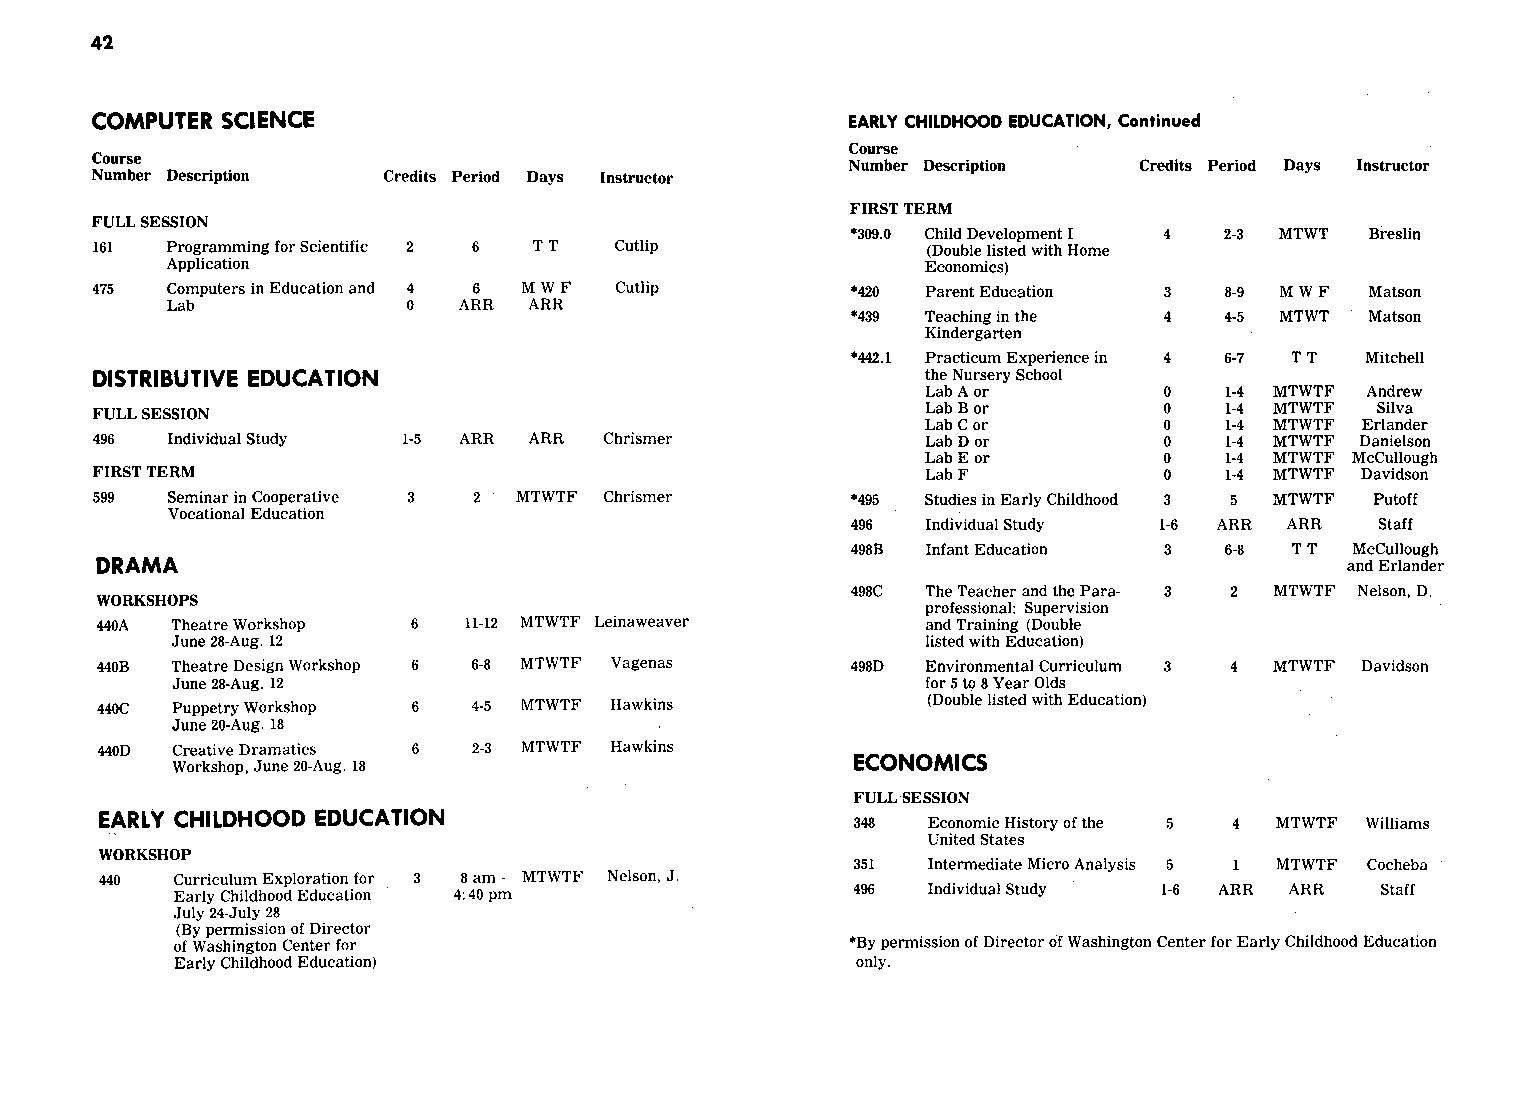
42
 COMPUTER SCIENCE                                  EARLY CHILDHOOD EDUCATION, Continued
 Course
 Course
 Number Description Credits Period Days Instructor
 Number Description Credits Period Days Instructor
 FIRST TERM
 FULL SESSION
 *309.0 Child Development I 4 2-3 MTWT Breslin
 161  Programming for Scientific 2 6 TT Cutlip          (Double listed with Home
 Application                                       Economics)
 475  Computers in Education and 4 6 MWF Cutlip    *420 Parent Education 3  8-9 MWF   Matson
 Lab             0  ARR  ARR
 *439 Teaching in the 4   4-5 MTWT  Matson
 Kindergarten
 *442.1 Practicum Experience in 4 6-7 TT Mitchell
 DISTRIBUTIVE EDUCATION                                 the Nursery School
 Lab A or        0   1-4 MTWTF Andrew
 FULL SESSION                                           Lab B or        0   1-4 MTWTF Silva
 Lab C or        0   1-4 MTWTF Erlander
 496  Individual Study 1-5 ARR ARR Chrismer             Lab Dor         0   1-4 MTWTF Danielson
 Lab E or        0   1-4 MTWTF McCullough
 FIRST TERM                                             Lab F           0   1-4 MTWTF Davidson
 599  Seminar in Cooperative 3 2 MTWTF Chrismer    *495 Studies in Early Childhood 3 5 MTWTF Putoff
 Vocational Education
 496  Individual Study 1-6 ARR ARR  Staff
 498B Infant Education 3  6-8 TT   McCullough
 DRAMA                                                                              and Erlander
 498C The Teacher and the Para- 3 2 MTWTF Nelson, D.
 WORKSHOPS
 professional: Supervision
 440A Theatre Workshop 6 11-12 MTWTF Leinaweaver       and Training (Double
 June 28-Aug. 12                                   listed with Education)
 440B Theatre Design Workshop 6 6-8 MTWTF Vagenas 498D Environmental Curriculum 3 4 MTWTF Davidson
 June 28-Aug. 12                                  for 5 to 8 Year Olds
 440C Puppetry Workshop 6 4-5 MTWTF Hawkins            (Double listed with Education)
 June 20-Aug. 18
 440D Creative Dramatics 6 2-3 MTWTF Hawkins
 Workshop, June 20-Aug. 18                    ECONOMICS
 FULL SESSION
 EARLY CHILDHOOD EDUCATION                         348 Economic History of the 5 4 MTWTF Williams
 United States
 WORKSHOP
 351 Intermediate Micro Analysis 5 1 MTWTF Cocheba
 440  Curriculum Exploration for 3 8 am - MTWTF Nelson, J.
 Early Childhood Education 4:40 pm            496 Individual Study 1-6 ARR ARR  Staff
 July 24-July 28
 (By permission of Director
 of Washington Center for                    *By permission of Director of Washington Center for Early Childhood Education
 Early Childhood Education)                   only.